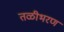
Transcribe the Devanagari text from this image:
तळीभरण